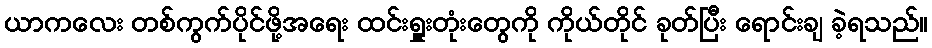
ယာကလေး တစ်ကွက်ပိုင်ဖို့အရေး ထင်းရှူးတုံးတွေကို ကိုယ်တိုင် ခုတ်ပြီး ရောင်းချ ခဲ့ရသည်။